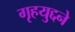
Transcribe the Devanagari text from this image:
गृहयुद्दने